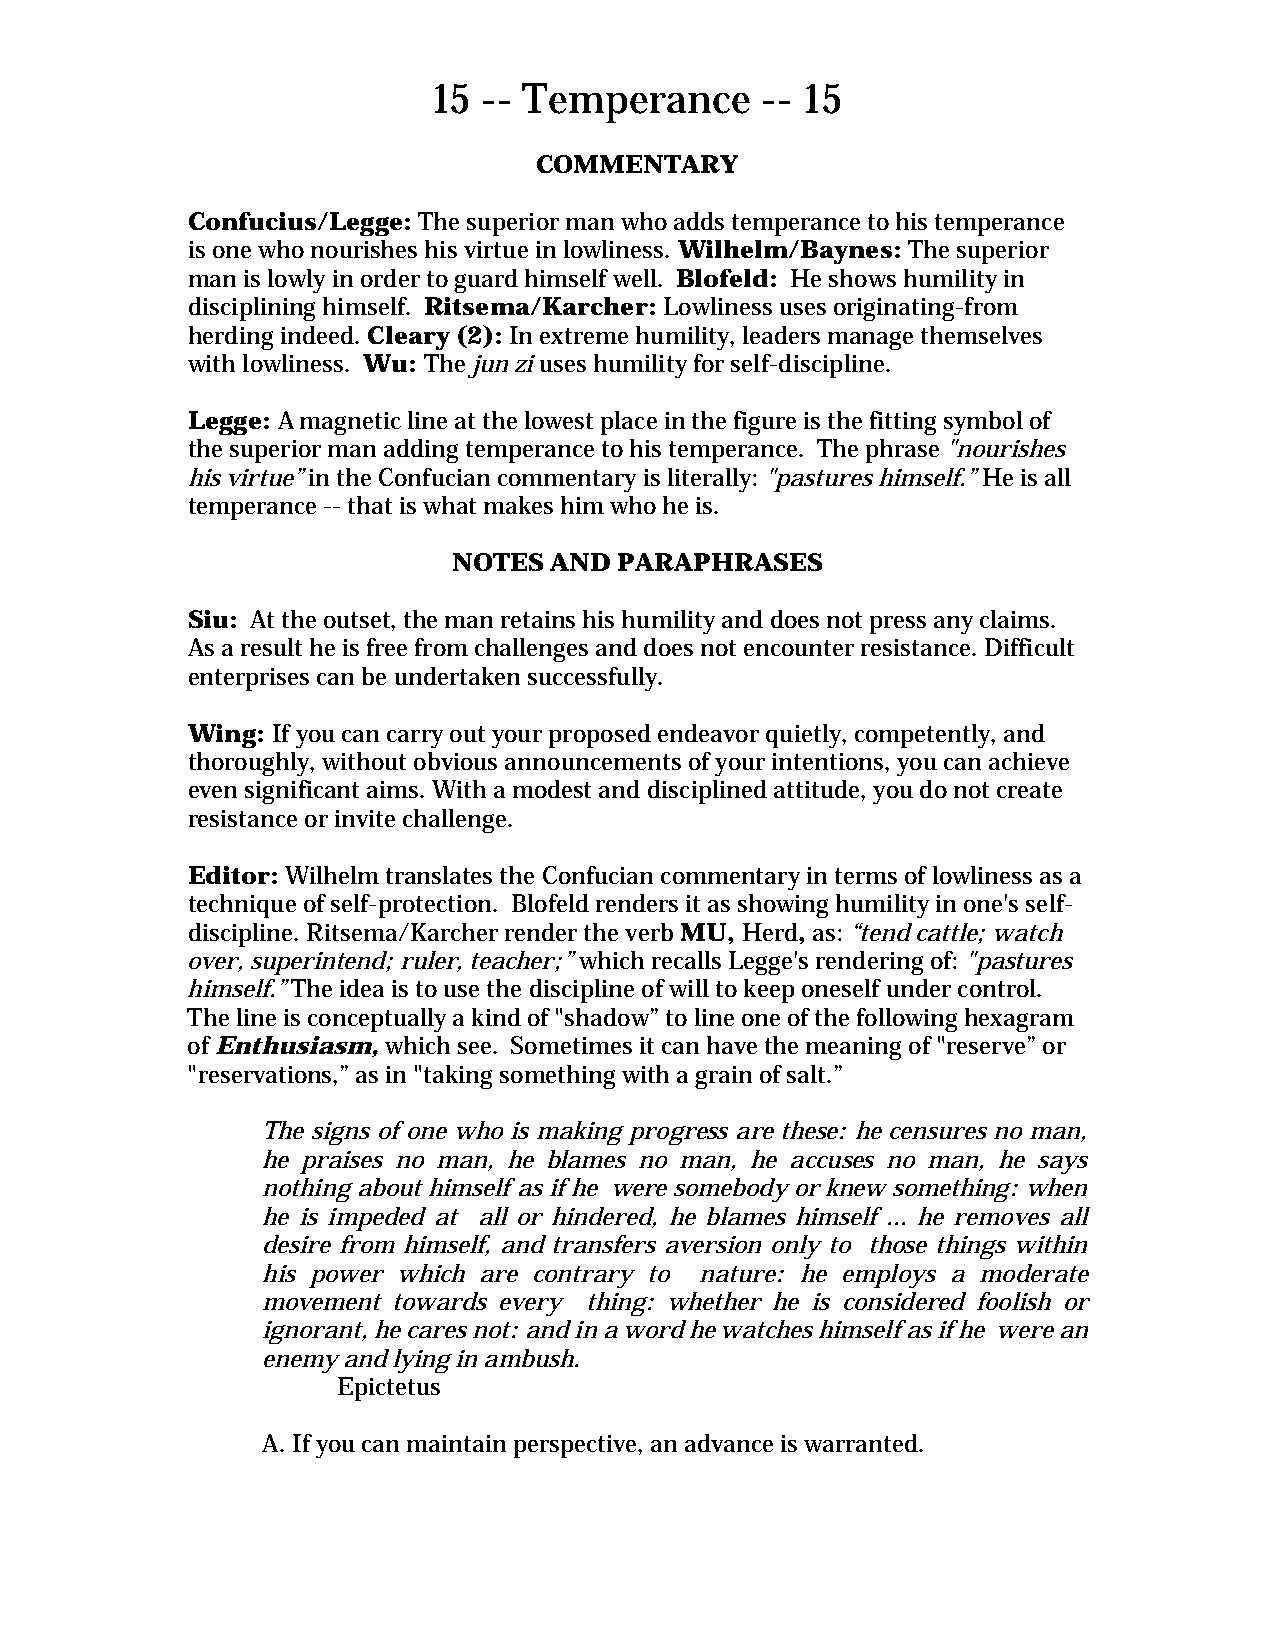
15 -- Temperance     -- 15
 COMMENTARY
 Confucius/Legge: The superior man who adds temperance to his temperance
 is one who nourishes his virtue in lowliness. Wilhelm/Baynes: The superior
 man is lowly in order to guard himself well. Blofeld: He shows humility in
 disciplining himself. Ritsema/Karcher: Lowliness uses originating-from
 herding indeed. Cleary (2): In extreme humility, leaders manage themselves
 with lowliness. Wu: The jun zi uses humility for self-discipline.
 Legge: A magnetic line at the lowest place in the figure is the fitting symbol of
 the superior man adding temperance to his temperance. The phrase "nourishes
 his virtue” in the Confucian commentary is literally: "pastures himself.” He is all
 temperance -- that is what makes him who he is.
 NOTES AND  PARAPHRASES
 Siu: At the outset, the man retains his humility and does not press any claims.
 As a result he is free from challenges and does not encounter resistance. Difficult
 enterprises can be undertaken successfully.
 Wing: If you can carry out your proposed endeavor quietly, competently, and
 thoroughly, without obvious announcements of your intentions, you can achieve
 even significant aims. With a modest and disciplined attitude, you do not create
 resistance or invite challenge.
 Editor: Wilhelm translates the Confucian commentary in terms of lowliness as a
 technique of self-protection. Blofeld renders it as showing humility in one's self-
 discipline. Ritsema/Karcher render the verb MU, Herd, as: “tend cattle; watch
 over, superintend; ruler, teacher;” which recalls Legge's rendering of: "pastures
 himself.” The idea is to use the discipline of will to keep oneself under control.
 The line is conceptually a kind of "shadow” to line one of the following hexagram
 of Enthusiasm, which see. Sometimes it can have the meaning of "reserve” or
 "reservations,” as in "taking something with a grain of salt.”
 The signs of one who is making progress are these: he censures no man,
 he praises no man, he blames no man, he accuses no man, he says
 nothing about himself as if he were somebody or knew something: when
 he is impeded at all or hindered, he blames himself ... he removes all
 desire from himself, and transfers aversion only to those things within
 his power which are contrary to nature: he employs a moderate
 movement towards every thing: whether he is considered foolish or
 ignorant, he cares not: and in a word he watches himself as if he were an
 enemy and lying in ambush.
 Epictetus
 A. If you can maintain perspective, an advance is warranted.